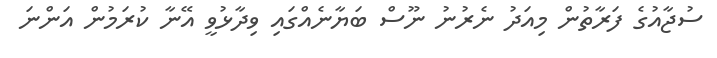
ސުޖާއުގެ ފަރާތުން މިއަދު ނެރުނު ނޫސް ބަޔާނެއްގައި ވިދާޅުވީ އޭނާ ކުރަމުން އަންނަ